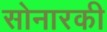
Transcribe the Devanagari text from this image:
सोनारकी